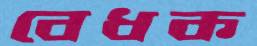
বেধক